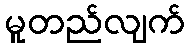
မူတည်လျက်